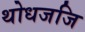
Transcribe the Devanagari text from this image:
थोधजजि